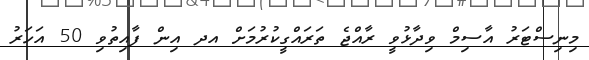
މިނިސްޓަރު އާސިމް ވިދާޅުވީ ރާއްޖެ ތަރައްގީކުރުމަށް އދ އިން ފާއިތުވި 50 އަހަރު